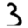
Digit: 3